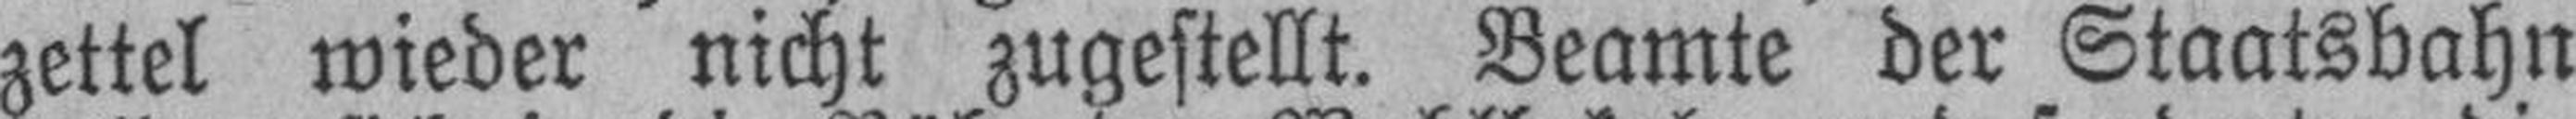
zettel wieder nicht zugestellt. Beamte der Staatsbahn